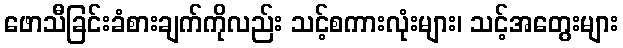
ဖောသီခြင်းခံစားချက်ကိုလည်း သင့်စကားလုံးများ၊ သင့်အတွေးများ